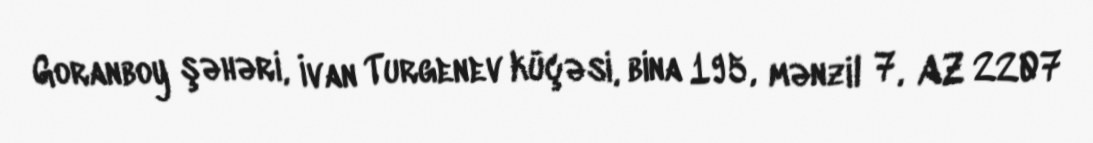
Goranboy şəhəri, İvan Turgenev küçəsi, bina 195, mənzil 7, AZ 2207